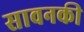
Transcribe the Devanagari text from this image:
सावनकी